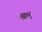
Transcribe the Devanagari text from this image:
ठांढ़ो